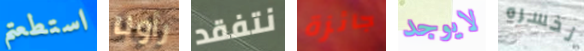
استطعتم رأونا نتفقد جائزة لايوجد نخسره